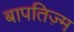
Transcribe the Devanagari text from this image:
बापतिज़्म